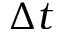
\Delta t